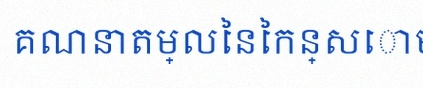
គណនាតម្លៃនៃកន្សោម